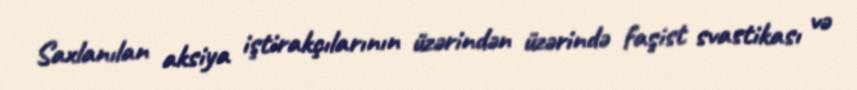
Saxlanılan aksiya iştirakçılarının üzərindən üzərində faşist svastikası və